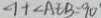
\angle 1 + \angle A E B = 9 0